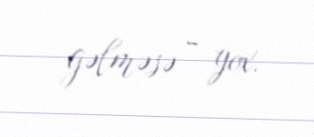
gəlməsə - yox.